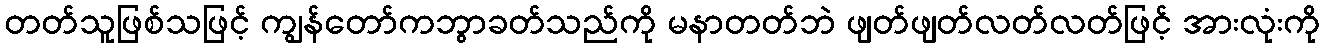
တတ်သူဖြစ်သဖြင့် ကျွန်တော်ကဘွာခတ်သည်ကို မနာတတ်ဘဲ ဖျတ်ဖျတ်လတ်လတ်ဖြင့် အားလုံးကို